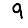
Digit: 9